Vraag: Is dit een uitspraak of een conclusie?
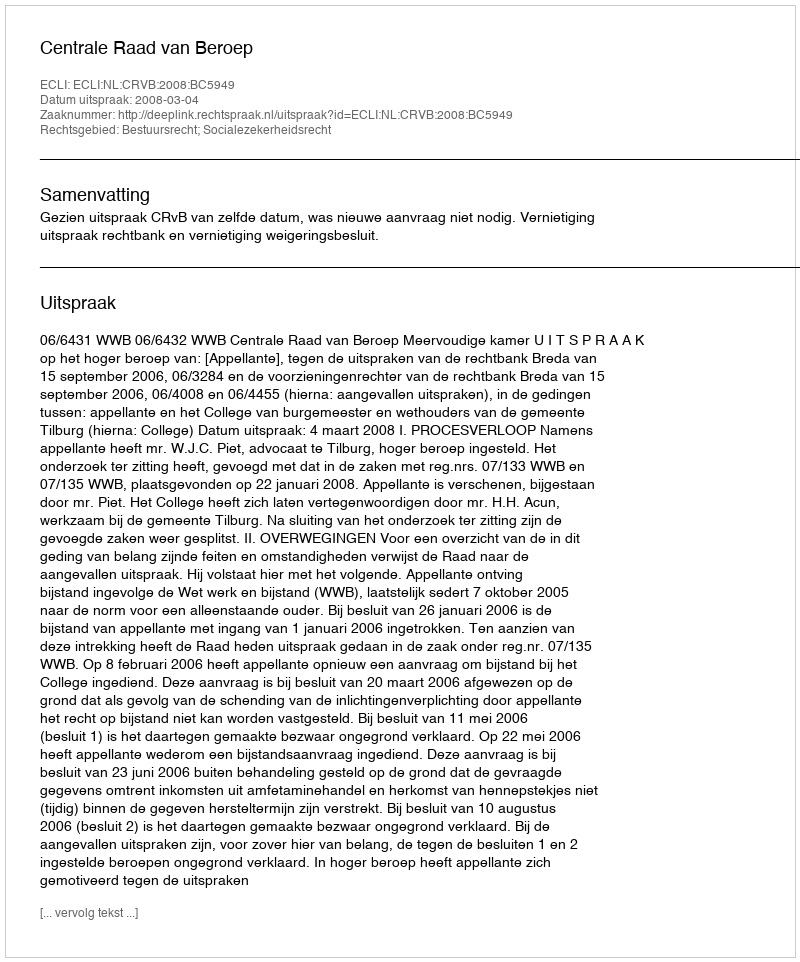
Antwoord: Uitspraak